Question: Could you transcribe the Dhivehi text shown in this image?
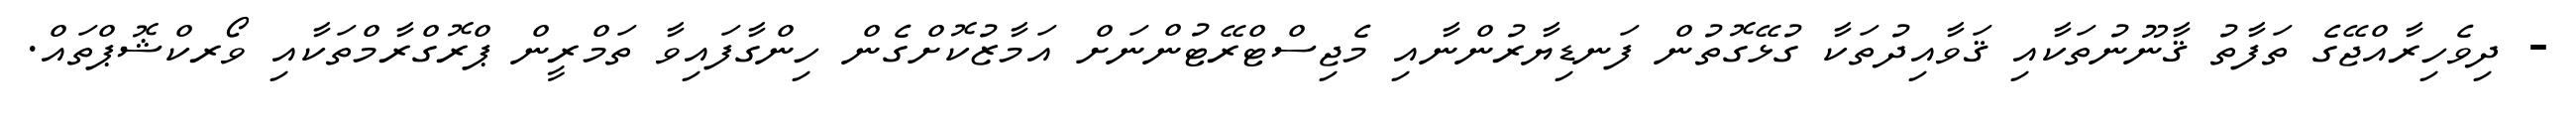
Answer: - ދިވެހިރާއްޖޭގެ ތަފާތު ޤާނޫނުތަކާއި ޤަވާއިދުތަކާ ގުޅޭގޮތުން ފަނޑިޔާރުންނާއި މެޖިސްޓްރޭޓުންނަށް އަމާޒުކޮށްގެން ހިންގާފައިވާ ތަމްރީން ޕްރޮގްރާމްތަކާއި ވޯރކްޝޮޕްތައް.